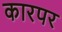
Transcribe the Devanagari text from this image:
कारपर